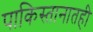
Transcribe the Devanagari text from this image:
पाकिस्तानातही